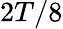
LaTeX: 2T/8